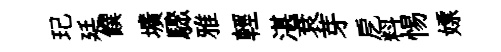
玘廷饌壙驟雅輕湛袞芽戹料惕嫖